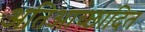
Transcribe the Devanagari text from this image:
अतिआच्छादित